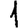
Digit: 1